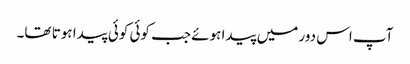
آپ اس دور میں پیدا ہوئے جب کوئی کوئی پیدا ہوتا تھا۔